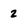
Character: 2